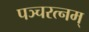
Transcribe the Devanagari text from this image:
पञ्चरत्नम्